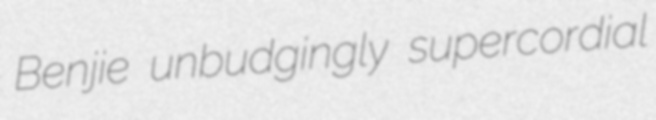
Benjie unbudgingly supercordial